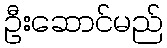
ဦးဆောင်မည်